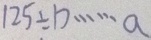
1 2 5 \div b \cdots a